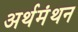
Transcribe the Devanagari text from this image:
अर्थमंथन